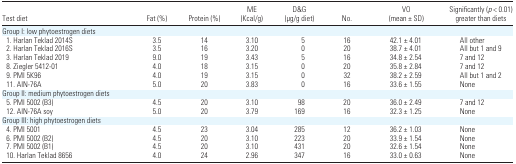
| Test diet | Fat (%) | Protein (%) | ME (Kcal/g) | D&G (μg/g diet) | No. | VO (mean ± SD) | Significantly (p < 0.01) greater than diets |
 | --- | --- | --- | --- | --- | --- | --- | --- |
 | <COLSPAN=8> Group I: low phytoestrogen diets |
 | 1. Harlan Teklad 2014S | 3.5 | 14 | 3.10 | 5 | 16 | 42.1 ± 4.01 | All other |
 | 2. Harlan Teklad 2016S | 3.5 | 16 | 3.20 | 0 | 20 | 38.7 ± 4.01 | All but 1 and 9 |
 | 3. Harlan Teklad 2019 | 9.0 | 19 | 3.43 | 5 | 16 | 34.8 ± 2.54 | 7 and 12 |
 | 8. Ziegler 5412–01 | 4.0 | 18 | 3.15 | 0 | 20 | 35.8 ± 2.84 | 7 and 12 |
 | 9. PMI 5K96 | 4.0 | 19 | 3.15 | 0 | 32 | 38.2 ± 2.59 | All but 1 and 2 |
 | 11. AIN-76A | 5.0 | 20 | 3.83 | 0 | 16 | 33.6 ± 1.55 | None |
 | <COLSPAN=8> Group II: medium phytoestrogen diets |
 | 5. PMI 5002 (B3) | 4.5 | 20 | 3.10 | 98 | 20 | 36.0 ± 2.49 | 7 and 12 |
 | 12. AIN-76A soy | 5.0 | 20 | 3.79 | 169 | 16 | 32.3 ± 1.25 | None |
 | <COLSPAN=8> Group III: high phytoestrogen diets |
 | 4. PMI 5001 | 4.5 | 23 | 3.04 | 285 | 12 | 36.2 ± 1.03 | None |
 | 6. PMI 5002 (B2) | 4.5 | 20 | 3.10 | 223 | 20 | 33.9 ± 1.54 | None |
 | 7. PMI 5002 (B1) | 4.5 | 20 | 3.10 | 431 | 20 | 32.6 ± 1.54 | None |
 | 10. Harlan Teklad 8656 | 4.0 | 24 | 2.96 | 347 | 16 | 33.0 ± 0.63 | None |